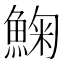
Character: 䱡